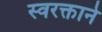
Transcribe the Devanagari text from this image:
स्‍वरक्ताने